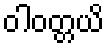
ဝါဝတ္တယိ